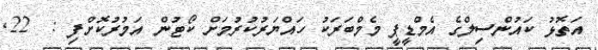
އަތޮޅު ކައުންސިލްގެ އެމްޑީޕީ މެމްބަރަކު ހައްޔަރުކުރުމަށް ކޯޓުން އަމުރުކޮށްފި :  22